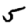
Digit: 5